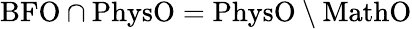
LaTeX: \textrm{BFO}\cap\textrm{PhysO}=\textrm{PhysO}\setminus\textrm{MathO}